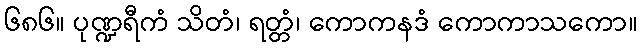
၆၈၆။ ပုဏ္ဍရီကံ သိတံ၊ ရတ္တံ၊ ကောကနဒံ ကောကာသကော။